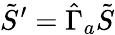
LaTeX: \tilde{S}^{\prime}=\hat{\Gamma}_{a}\tilde{S}